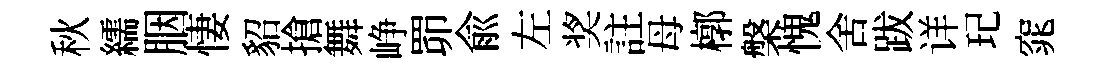
秋繻胭悽貂搶舞峥𦊑兪左奖註母槨槃愧舍跋详玘窕